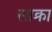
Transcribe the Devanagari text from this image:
साक्रा